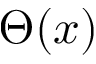
\Theta ( x )